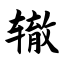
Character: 辙